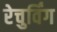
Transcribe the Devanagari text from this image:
रेचुर्विंग